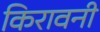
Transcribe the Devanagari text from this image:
किरावनी